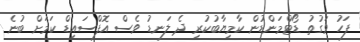
ފަހު ވަގުތު ޑޯޓްމަންޑުން ކާމިޔާބުކުރި ދެ ލަނޑު ވެސް އޮފްސައިޑް ކަމަށް ބުނެ